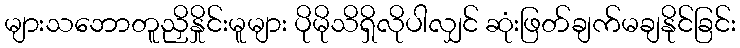
များသဘောတူညှိနှိုင်းမူများ ပိုမိုသိရှိလိုပါလျှင် ဆုံးဖြတ်ချက်မချနိုင်ခြင်း